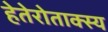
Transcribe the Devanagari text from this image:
हेतेरोताक्स्य